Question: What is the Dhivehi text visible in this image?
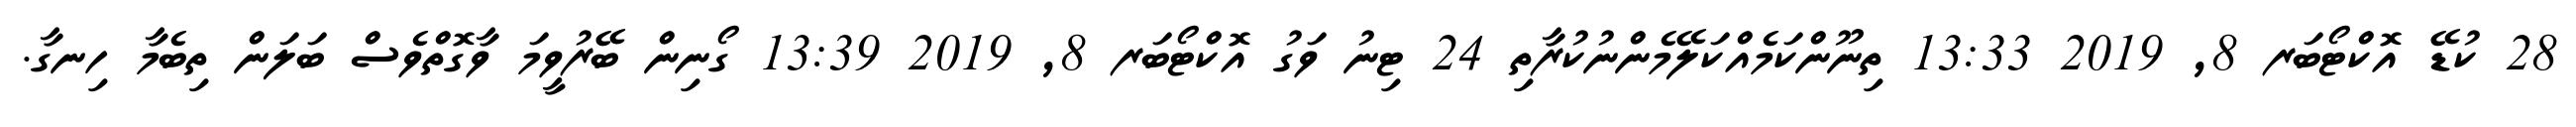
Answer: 28 ކުޑޭ އޮކްޓޯބަރ 8, 2019 13:33 ތިނޫންކަމެއްކަލޭމެންނުކުރާތި 24 ޓިނު ވަގު އޮކްޓޯބަރ 8, 2019 13:39 ގޯނިން ބޭރުވީމަ ވާގޮތްވެސް ބަލަން ތިބެމާ ހިނގާ.